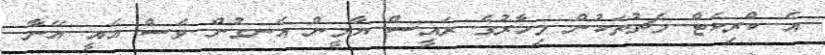
އެ ކްރިކެޓް މެޗުތަކުން މިހާރުގެ ރައީސް ޔާމީން އެނގުން ވެސް އެއީ އޭނާ